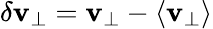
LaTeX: \delta\mathbf{v}_{\perp}=\mathbf{v}_{\perp}-\langle\mathbf{v}_{\perp}\rangle